Annual statistical returns and brief notes on vaccination in Bengal - 1887-1898
Year: 1887
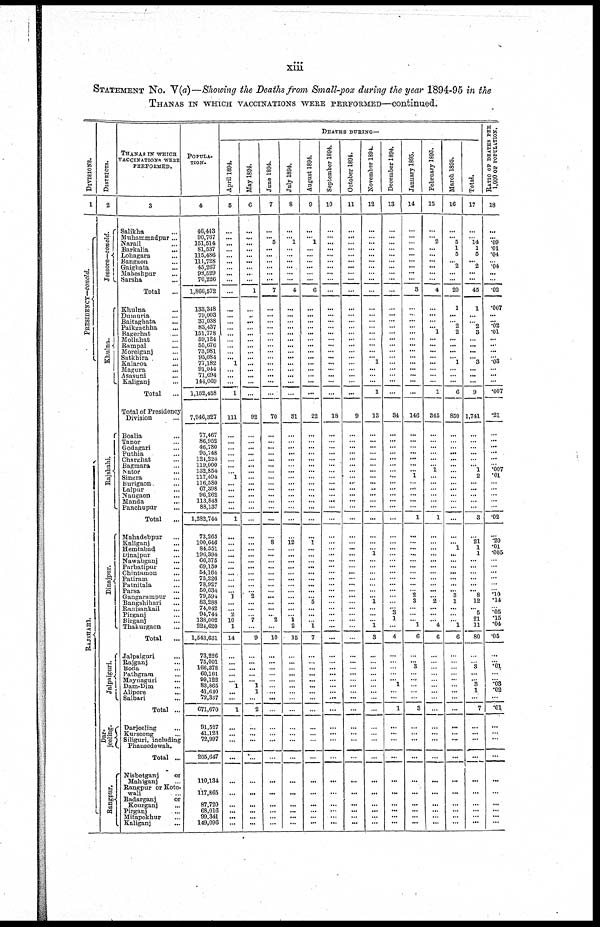
xiii
STATEMENT No. V(a)—Showing the Deaths from Small-pox during the year 1894-95 in the
THANAS IN WHICH VACCINATIONS WERE PERFORMED—continued.
DIVISIONS.
1
P RE S IDE NCY—c o
n
c
ld
.
RAJSHAHI.
DISTRICTS.
2
Jessore—concld.
Khulna.
Rajshahi.
Dinajpur.
Jalpaiguri.
Dar-
jeeling.
Rangpur.
THANAS IN WHICH
VACCINATIONS WERE
PERFORMED.
3
Salikha ...
Muhammadpur ...
Narail ...
Barkalia ...
Lohagara ...
Bangaon ...
Gaighata ...
Maheshpur ...
Sarsha ...
Total
...
Khulna ...
Dumuria ...
Baitaghata ...
Paikgachha ...
Bagerhat ...
Mollahat ...
Rampal ...
Morelganj ...
Satkhira ...
Kalaroa ...
Magura ...
Asasuni ...
Kaliganj ...
Total ...
Total of Presidency
Division ...
Boalia ...
Tanor ...
Godagari ...
Puthia ...
Charghat ...
Bagmara ...
Natot ...
Singra ...
Burigaon ...
Lalpur ...
Naugaon
...
Manda ...
Panchupur ...
Total
...
Mahadebpur ...
Kaliganj ...
Hemtabad ...
Dinajpur ...
Nawabganj ...
Parhatipur ...
Chintamon ...
Patiram ...
Patnitala ...
Parsa ...
Gangarampur ...
Bangshihari ...
Ranisankail ...
Pirganj ...
Birganj ...
Thakurgaon ...
Total ...
Jalpaigari ...
Rajganj ...
Boda ...
Pathgram ...
Maynaguri ...
Dam-Dim ...
Alipore ...
Salbari ...
Total ...
Darjeeling ...
Kurseong ...
Siliguri, including
Phansedewah.
Total ...
Nisbetganj
or
Mahiganj
...
Rangpur or Koto-
wali ...
Badarganj
or
Kourganj ...
Pirganj ...
Mitapokhur ...
Kaliganj ...
POPULA-
TION.
4
46,443
90,767
151,514
81,537
115,486
111,728
45,267
98,529
70,226
1,866,672
133,348
79,003
37,038
83,437
151,778
59,124
55,676
73,981
95,084
77,182
91,044
71,694
144,069
1,152,458
7,946,327
77,467
86,952
46,780
95,748
121,224
119,000
132,854
117,494
116,580
67,398
96,262
113,848
88,137
1,282,744
73,265
100,646
84,551
196,394
66,375
69,159
54,164
75,226
78,927
50,634
79,594
83,288
74,042
94,744
138,002
224,620
1,543,631
73,226
75,001
166,378
60,101
99,122
83,865
41,640
72,337
671,670
91,527
41,123
72,997
205,647
110,134
117,865
87,720
68,016
99,341
149,096
DEATHS DURING—
April 1894.
5
...
...
...
... ...
...
...
...
...
...
...
...
...
... ...
...
...
...
... 1
...
...
...
1
111
...
...
...
...
...
...
... 1
...
...
...
...
...
1
...
...
...
...
...
...
...
...
...
... 1
...
... 2
10
1
14
...
...
...
...
... 1
...
...
1
...
...
...
...
...
...
...
...
...
...
May 1894.
6
...
...
...
... ...
...
...
...
...
1
...
...
...
...
...
...
...
...
...
...
...
...
...
...
92
...
...
...
...
...
...
...
...
...
...
...
...
...
...
...
...
...
...
...
...
...
...
...
... 2
...
...
... 7
...
9
...
...
...
...
... 1
1
...
2
...
...
...
...
...
...
...
...
...
...
June 1894.
7
...
... 5
... ...
...
...
...
...
7
...
...
...
...
...
...
...
...
...
...
...
...
...
...
70
...
...
...
...
...
...
...
...
...
...
...
...
...
...
...
8
...
...
...
...
...
...
...
...
...
...
...
... 2
...
10
...
...
...
...
...
...
...
...
...
...
...
...
...
...
...
...
...
...
...
July 1894.
8
...
... 1
... ...
...
...
...
...
4
...
...
...
...
...
...
...
...
...
...
...
...
...
...
31
...
...
...
...
...
...
...
...
...
...
...
...
...
...
...
12
...
...
...
...
...
...
...
...
...
...
...
... 1
2
15
...
...
...
...
...
... ...
...
...
...
...
...
...
...
...
...
...
...
...
August 1894.
9
...
... 1
...
...
...
...
...
...
6
...
...
...
...
...
...
...
...
...
...
...
...
...
...
22
...
...
...
...
...
...
...
...
...
...
...
...
...
...
...
1
...
...
...
...
...
...
...
...
... 5
...
...
... 1
7
...
...
...
...
...
... ...
...
...
...
...
...
...
...
...
...
...
...
...
September 1894.
10
...
...
...
...
...
...
...
...
...
...
...
...
...
...
...
...
...
...
...
...
...
...
...
...
18
...
...
...
...
...
...
...
...
...
...
...
...
...
...
...
...
...
...
...
...
...
...
...
...
...
...
...
...
...
...
...
...
...
...
...
...
...
...
...
...
...
...
...
...
...
...
...
...
...
...
October 1894.
11
...
...
...
... ...
...
...
...
...
...
...
...
...
...
...
...
...
...
...
...
...
...
...
...
9
...
...
...
...
...
...
...
...
...
...
...
...
...
...
...
...
...
...
...
...
...
...
...
...
...
...
...
...
...
...
...
...
...
...
...
...
...
...
...
...
...
...
...
...
...
...
...
...
...
...
November 1894.
12
...
...
...
...
...
...
...
...
...
...
...
...
...
...
...
...
...
...
... 1
...
...
...
1
13
...
...
...
...
...
...
...
...
...
...
...
...
...
...
...
...
... 1
...
...
...
...
...
...
... 1
...
...
... 1
3
...
...
...
...
...
... ...
...
...
...
...
...
...
...
...
...
...
...
...
December 1894.
13
...
...
...
... ...
...
...
...
...
...
...
...
...
...
...
...
...
...
...
...
...
...
...
...
34
...
...
...
...
...
...
...
...
...
...
...
...
...
...
...
...
...
...
...
...
...
...
...
...
...
...
... 3
1
...
4
...
...
...
...
... 1
...
...
1
...
...
...
...
...
...
...
...
...
...
January 1895.
14
...
...
...
... ...
...
...
...
...
3
...
...
...
...
...
...
...
...
...
...
...
...
...
...
146
...
...
...
...
...
...
... 1
... ...
...
...
...
1
...
...
...
...
...
...
...
...
...
... 2
3
...
...
... 1
6
...
... 3
...
...
...
...
...
3
...
...
...
...
...
...
...
...
...
...
February 1895.
15
...
... 2
... ...
...
...
...
...
4
...
...
...
... 1
...
...
...
...
...
...
...
...
1
345
...
...
...
...
...
... 1
...
...
...
...
...
...
1
...
...
...
...
...
...
...
...
...
...
... 2
...
...
... 4
6
...
...
...
...
...
...
...
...
...
...
...
...
...
...
...
...
...
...
...
March 1895.
16
...
... 5
1
5
... 2
...
...
20
1
...
... 2
2
...
...
...
... 1
...
...
...
6
850
...
...
...
...
...
...
...
...
...
...
...
...
...
...
...
... 1
...
...
...
...
...
...
... 3
1
...
...
... 1
6
...
...
...
...
...
...
...
...
...
...
...
....
...
...
...
...
...
...
...
Total.
17
...
... 14
1
5
... 2
...
...
45
1
...
... 2
3
...
...
...
... 3
...
...
...
9
1,741
...
...
...
...
...
... 1
2
...
...
...
...
...
3
...
21
1
1
...
...
...
...
...
... 8
12
... 5
21
11
80
...
... 3
...
... 3
1
...
7
...
...
...
...
...
...
...
...
...
...
RATIO OF DEATHS PER
1,000 OF POPULATION.
18
...
... .09
.01
.04
... .04
...
...
.02
.007
...
... .02
.01
...
...
...
... .03
...
...
...
.007
.21
...
...
...
...
...
... .007
.01
...
...
...
...
...
.02
...
.20
.01
.005
...
...
...
...
...
... .10
.14
... .05
.15
.04
.05
...
... .01
...
... .03
.02
...
.01
...
...
...
...
...
...
...
...
...
...